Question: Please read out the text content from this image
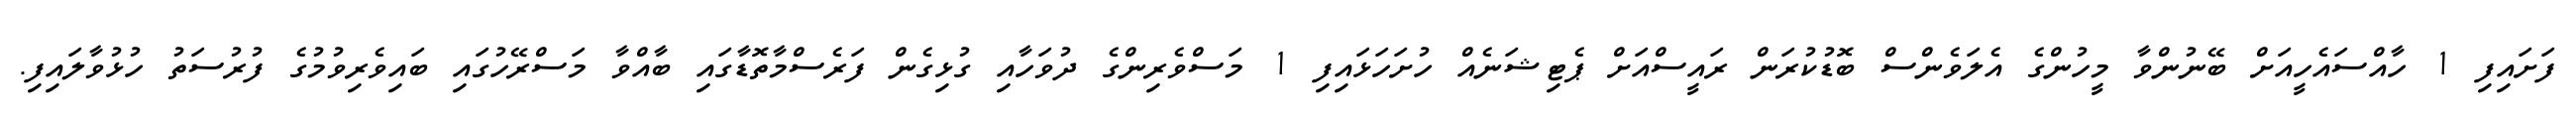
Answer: ފަށައިފި 1 ހާއްސައެހީއަށް ބޭނުންވާ މީހުންގެ އެލަވެންސް ބޮޑުކުރަން ރައީސްއަށް ޕެޓިޝަނެއް ހުށަހަޅައިފި 1 މަސްވެރިންގެ ދުވަހާއި ގުޅިގެން ފަރެސްމާތޮޑާގައި ބާއްވާ މަސްރޭހުގައި ބައިވެރިވުމުގެ ފުރުސަތު ހުޅުވާލައިފި.